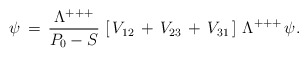
\begin{align*}\psi\,=\,{\Lambda^{+++}\over P_0-S}\, \left[\,V_{12}\,+\,V_{23}\,+\,V_{31}\,\right]\,\Lambda^{+++}\,\psi.\end{align*}